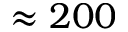
\approx 2 0 0